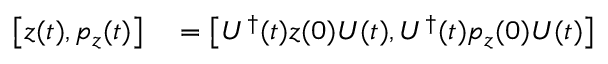
\begin{array} { r l } { \left[ z ( t ) , p _ { z } ( t ) \right] } & { { } = \left[ U ^ { \dagger } ( t ) z ( 0 ) U ( t ) , U ^ { \dagger } ( t ) p _ { z } ( 0 ) U ( t ) \right] } \end{array}